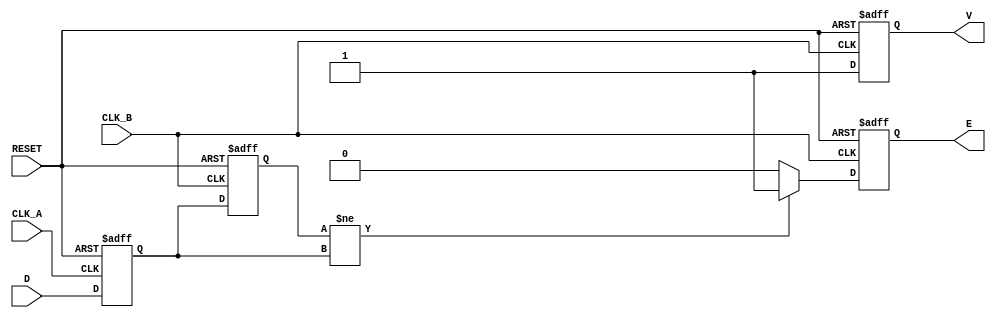
module cdc_detector (
    input wire D,         // Asynchronous data signal
    input wire CLK_A,     // Clock signal for domain A
    input wire CLK_B,     // Clock signal for domain B
    input wire RESET,     // Reset signal
    output reg V,         // Valid output signal
    output reg E          // Error output signal
);

    reg D1;              // Intermediate signal sampled by CLK_A
    reg D2;              // Signal sampled by CLK_B

    // synchronous to CLK_A
    always @(posedge CLK_A or posedge RESET) begin
        if (RESET) begin
            D1 <= 1'b0;   // Reset D1
        end else begin
            D1 <= D;      // Sample D on CLK_A
        end
    end

    // synchronous to CLK_B
    always @(posedge CLK_B or posedge RESET) begin
        if (RESET) begin
            D2 <= 1'b0;   // Reset D2 and valid/error signals
            V <= 1'b0;
            E <= 1'b0;
        end else begin
            D2 <= D1;      // Sample D1 on CLK_B
            
            // Check for valid (no error) and error conditions
            if (D2 != D1) begin
                E <= 1'b1;  // Set error signal on data change
            end else begin
                E <= 1'b0;   // Clear error signal if no change
            end
            
            // Set valid signal
            V <= 1'b1;      // Indicate valid output signal
        end
    end

endmodule